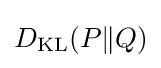
D_{\mathrm {KL} }(P\|Q)